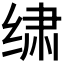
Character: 𰬩